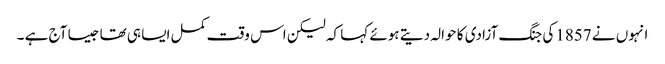
انہوں نے 1857کی جنگ آزادی کا حوالہ دیتے ہوئے کہا کہ لیکن اس وقت کمل ایسا ہی تھا جیسا آج ہے ۔